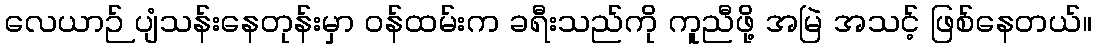
လေယာဉ် ပျံသန်းနေတုန်းမှာ ဝန်ထမ်းက ခရီးသည်ကို ကူညီဖို့ အမြဲ အသင့် ဖြစ်နေတယ်။